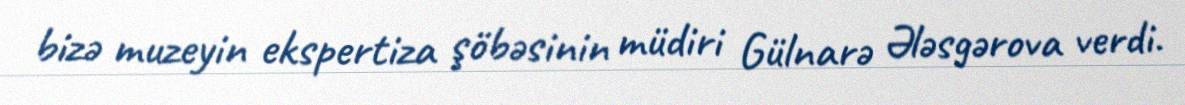
bizə muzeyin ekspertiza şöbəsinin müdiri Gülnarə Ələsgərova verdi.